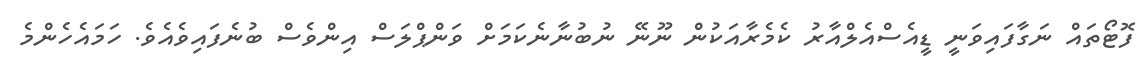
ފޮޓޯތައް ނަގާފައިވަނީ ޑީއެސްއެލްއާރު ކެމެރާއަކުން ނޫނޭ ނުބުނާނެކަމަށް ވަންޕްލަސް އިންވެސް ބުނެފައިވެއެވެ. ހަމައެހެންމެ